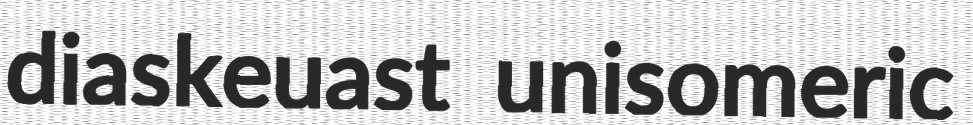
diaskeuast unisomeric